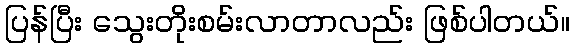
ပြန်ပြီး သွေးတိုးစမ်းလာတာလည်း ဖြစ်ပါတယ်။